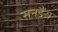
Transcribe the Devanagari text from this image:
सनडैंस